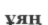
ұяң